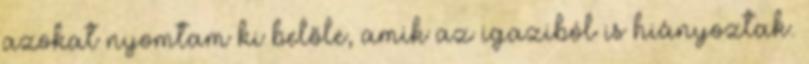
azokat nyomtam ki belőle, amik az igaziból is hiányoztak.